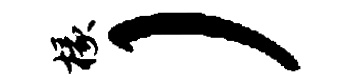
椽）